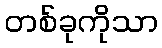
တစ်ခုကိုသာ